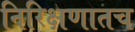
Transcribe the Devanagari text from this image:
निरिक्षणातच